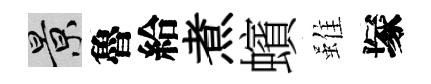
景魯給煮蠙雖塚